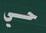
حي